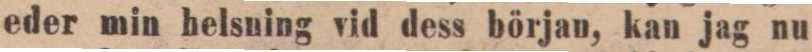
eder min helsning vid dess början, kan jag nu